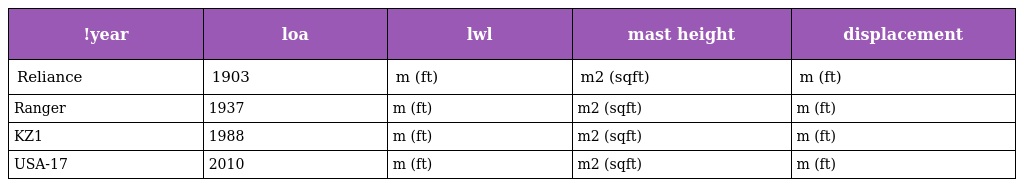
| !year | loa | lwl | mast height | displacement |
 | --- | --- | --- | --- | --- |
 | Reliance | 1903 | m (ft) | m2 (sqft) | m (ft) |
 | Ranger | 1937 | m (ft) | m2 (sqft) | m (ft) |
 | KZ1 | 1988 | m (ft) | m2 (sqft) | m (ft) |
 | USA-17 | 2010 | m (ft) | m2 (sqft) | m (ft) |